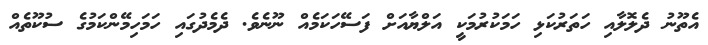
އެތޫނު ދެލޮލާއި ހަތަރުކަޅި ހަމަކުރުމަކީ އަލްޔާއަށް ފަސޭހަކަމެއް ނޫނެވެ. ދެމެދުގައި ހަމަހިމޭންކަމުގެ ސުކޫތެއް